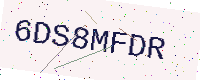
Text: 6DS8MFDR